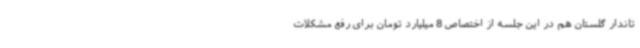
تاندار گلستان هم در این جلسه از اختصاص 8 میلیارد تومان برای رفع مشکلات